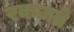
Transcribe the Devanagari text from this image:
रकजते